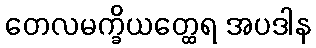
တေလမက္ခိယတ္ထေရ အပဒါန